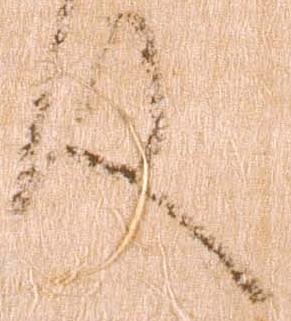
件